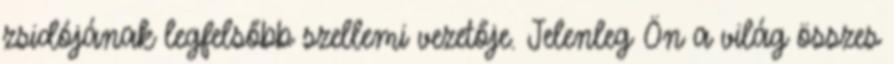
zsidójának legfelsőbb szellemi vezetője. Jelenleg Ön a világ összes